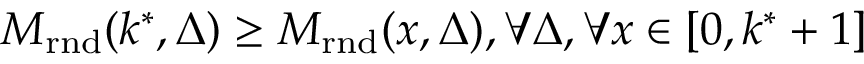
M _ { \mathrm { r n d } } ( k ^ { * } , \Delta ) \geq M _ { \mathrm { r n d } } ( x , \Delta ) , \forall \Delta , \forall x \in [ 0 , k ^ { * } + 1 ]